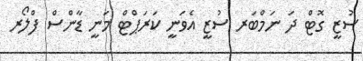
ސުޒީ ގޮޓް ދަ ނަމްބަރ ސުޒީ އެވަނީ ކަރަޕްޓް މަނީ ޑާންސް ފްލޯރ